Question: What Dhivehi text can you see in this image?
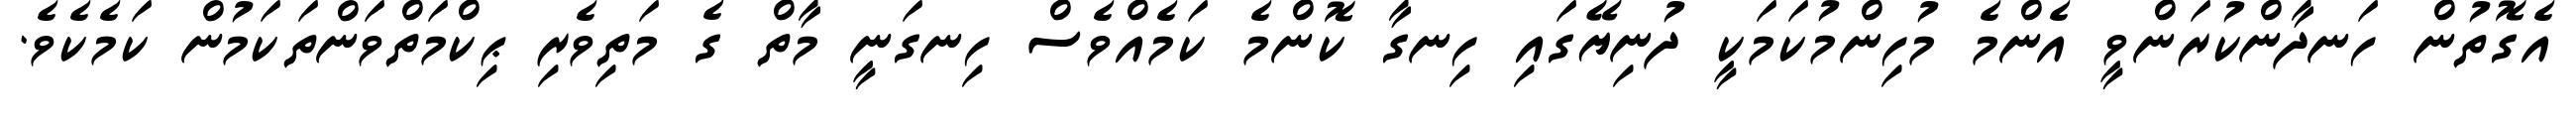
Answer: އެގޮތުން ހަނދާންކުރަންވީ އެންމެ މުހިންމުކަމަކީ ދުނިޔޭގައި ހިނގާ ކޮންމެ ކަމެއްވެސް ހިނގަނީ މާތް ގެ މަތިވެރި ޙިކްމަތްވަންތަކަމުން ކަމެކެވެ.